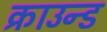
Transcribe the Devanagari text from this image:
क्राउन्ड